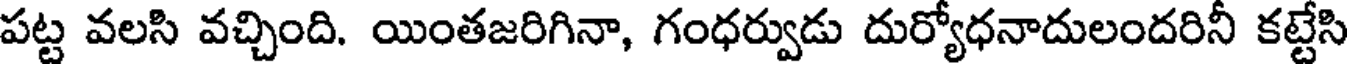
పట్ట వలసి వచ్చింది. యింతజరిగినా, గంధర్వుడు దుర్యోధనాదులందరినీ కట్టేసి